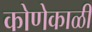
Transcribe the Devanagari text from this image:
कोणेकाळी